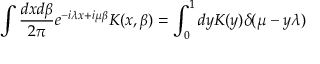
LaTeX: \int \frac { d x d \beta } { 2 \pi } e ^ { - i \lambda x + i \mu \beta } K ( x , \beta ) = \int _ { 0 } ^ { 1 } d y { \cal K } ( y ) \delta ( \mu - y \lambda )